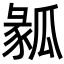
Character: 𤬌